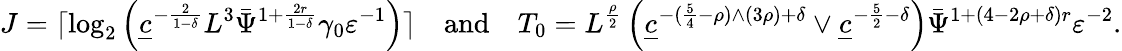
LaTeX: J=\lceil\log_{2}\left(\underline{{c}}^{-\frac{2}{1-\delta}}L^{{3}}\bar{\Psi}^{1+\frac{2r}{1-\delta}}\gamma_{0}\varepsilon^{-1}\right)\rceil\quad\textnormal{and}\quad T_{0}=L^{\frac{\rho}{2}}\left(\underline{{c}}^{-(\frac{5}{4}-\rho)\wedge(3\rho)+\delta}\vee\underline{{c}}^{-\frac{5}{2}-\delta}\right)\bar{\Psi}^{1+(4-2\rho+\delta)r}\varepsilon^{-2}.